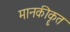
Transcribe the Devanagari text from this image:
मानकीकॄत